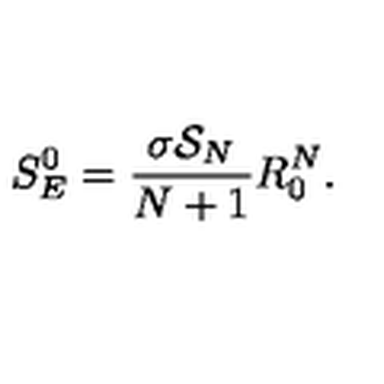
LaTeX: S _ { E } ^ { 0 } = { \frac { \sigma { \cal S } _ { N } } { N + 1 } } R _ { 0 } ^ { N } .